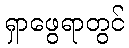
ရှာဖွေရာတွင်